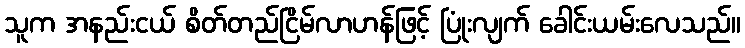
သူက အနည်းငယ် စိတ်တည်ငြိမ်လာဟန်ဖြင့် ပြုံးလျက် ခေါင်းယမ်းလေသည်။